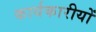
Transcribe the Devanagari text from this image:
कार्यकारीयों